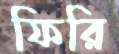
ফিরি